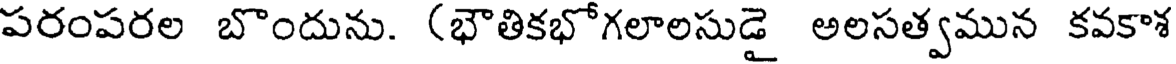
పరంపరల బొందును. (భౌతికభోగలాలసుడై అలసత్వమున కవకాశ